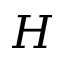
H